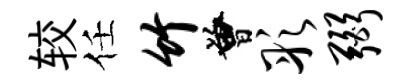
较任竹曾彤弼